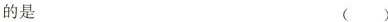
的是 ( )